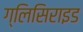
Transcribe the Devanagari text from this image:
ग्लिसिराइड